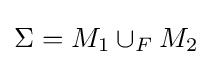
\Sigma =M_{1}\cup _{F}M_{2}